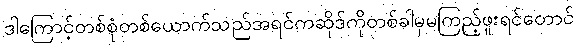
ဒါကြောင့်တစ်စုံတစ်ယောက်သည်အရင်ကဆိုဒ်ကိုတစ်ခါမှမကြည့်ဖူးရင်တောင်